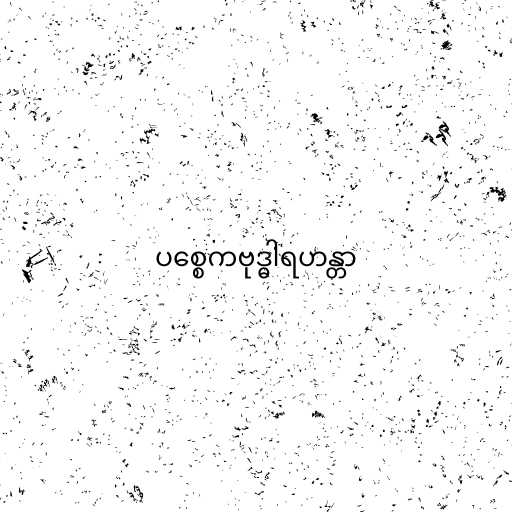
ပစ္စေကဗုဒ္ဓါရဟန္တာ